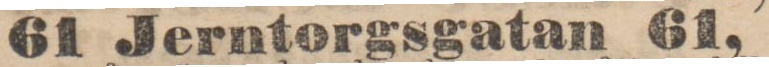
61 Jerntorgsgatan 61,